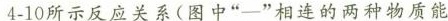
4-10所示反应关系(图中”-”相连的两种物质能